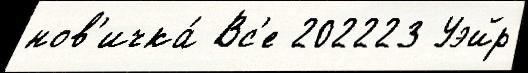
нов'ичка́ Вс'е 202223 Уэйр